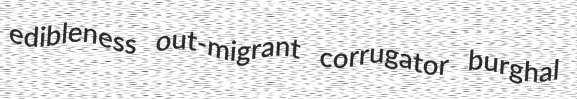
edibleness out-migrant corrugator burghal